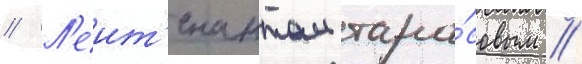
// Л'еит'енантом тара́совым //